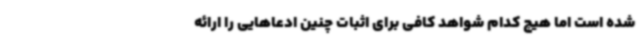
شده است اما هیچ کدام شواهد کافی برای اثبات چنین ادعاهایی را ارائه